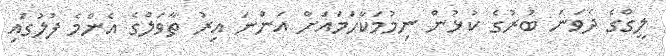
ލީގްގެ ދެވަނަ ބުރުގެ ކުޅުން ނިމުމަކާހަމައަށް އަންނަ އިރު ތާވަލްގެ އެންމެ ފުލުގައި